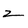
Character: z